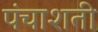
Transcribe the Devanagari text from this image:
पंचाशती